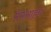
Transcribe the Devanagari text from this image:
मेमसाहब